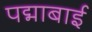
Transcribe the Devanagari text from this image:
पद्माबाई